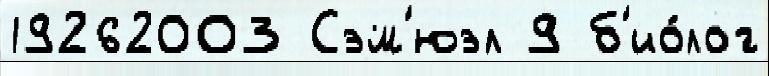
19262003 Сэм'юэл 9 б'ио́лог